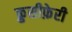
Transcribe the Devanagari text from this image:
क्रुसीफ़ेरी